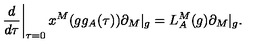
\left. \frac { d } { d \tau } \right| _ { \tau = 0 } x ^ { M } ( g g _ { A } ( \tau ) ) \partial _ { M } | _ { g } = L _ { A } ^ { M } ( g ) \partial _ { M } | _ { g } .